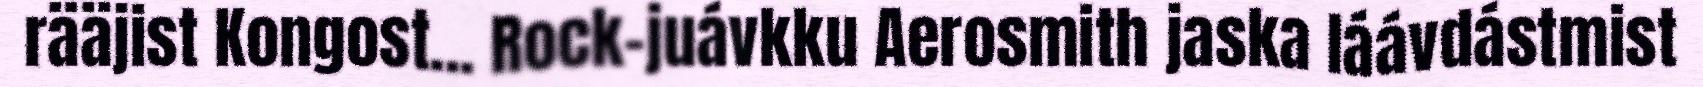
rääjist Kongost... Rock-juávkku Aerosmith jaska láávdástmist